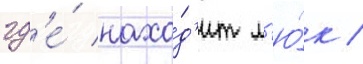
гд'е́ нахо́д'ит л'ю́к /